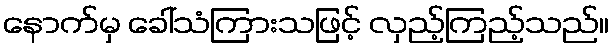
နောက်မှ ခေါ်သံကြားသဖြင့် လှည့်ကြည့်သည်။